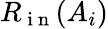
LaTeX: {R_{\mathrm{~i~n~}}}(A_{i})